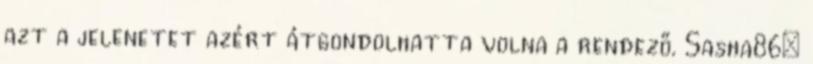
azt a jelenetet azért átgondolhatta volna a rendező. Sasha86: